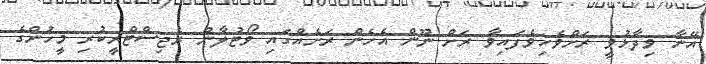
އޭނާ ވިދާޅުވީ ރަށްވެހިވެފައިވާ ރަށް ނޫން އެހެން ރަށެއްގައި ވޯޓުލާން ރެޖިސްޓްރީކުރި މީހުންގެ